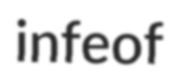
infeof